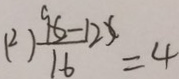
( 2 ) \frac { 9 6 - 1 2 x } { 1 6 } = 4